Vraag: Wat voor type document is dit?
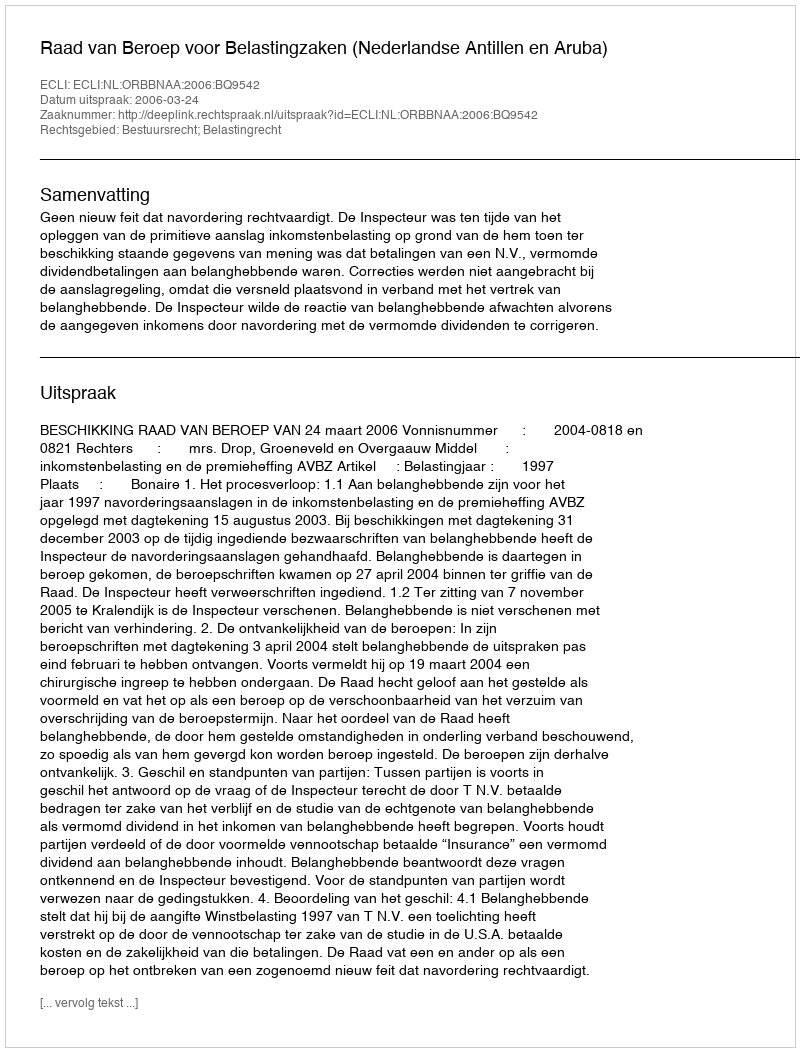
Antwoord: Uitspraak